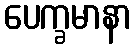
ပေက္ခမာနာ